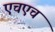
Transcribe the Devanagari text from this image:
एचएच